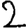
Digit: 2